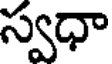
స్వధా